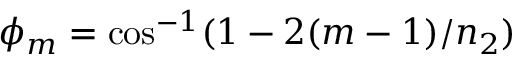
\phi _ { m } = \cos ^ { - 1 } ( 1 - 2 ( m - 1 ) / n _ { 2 } )